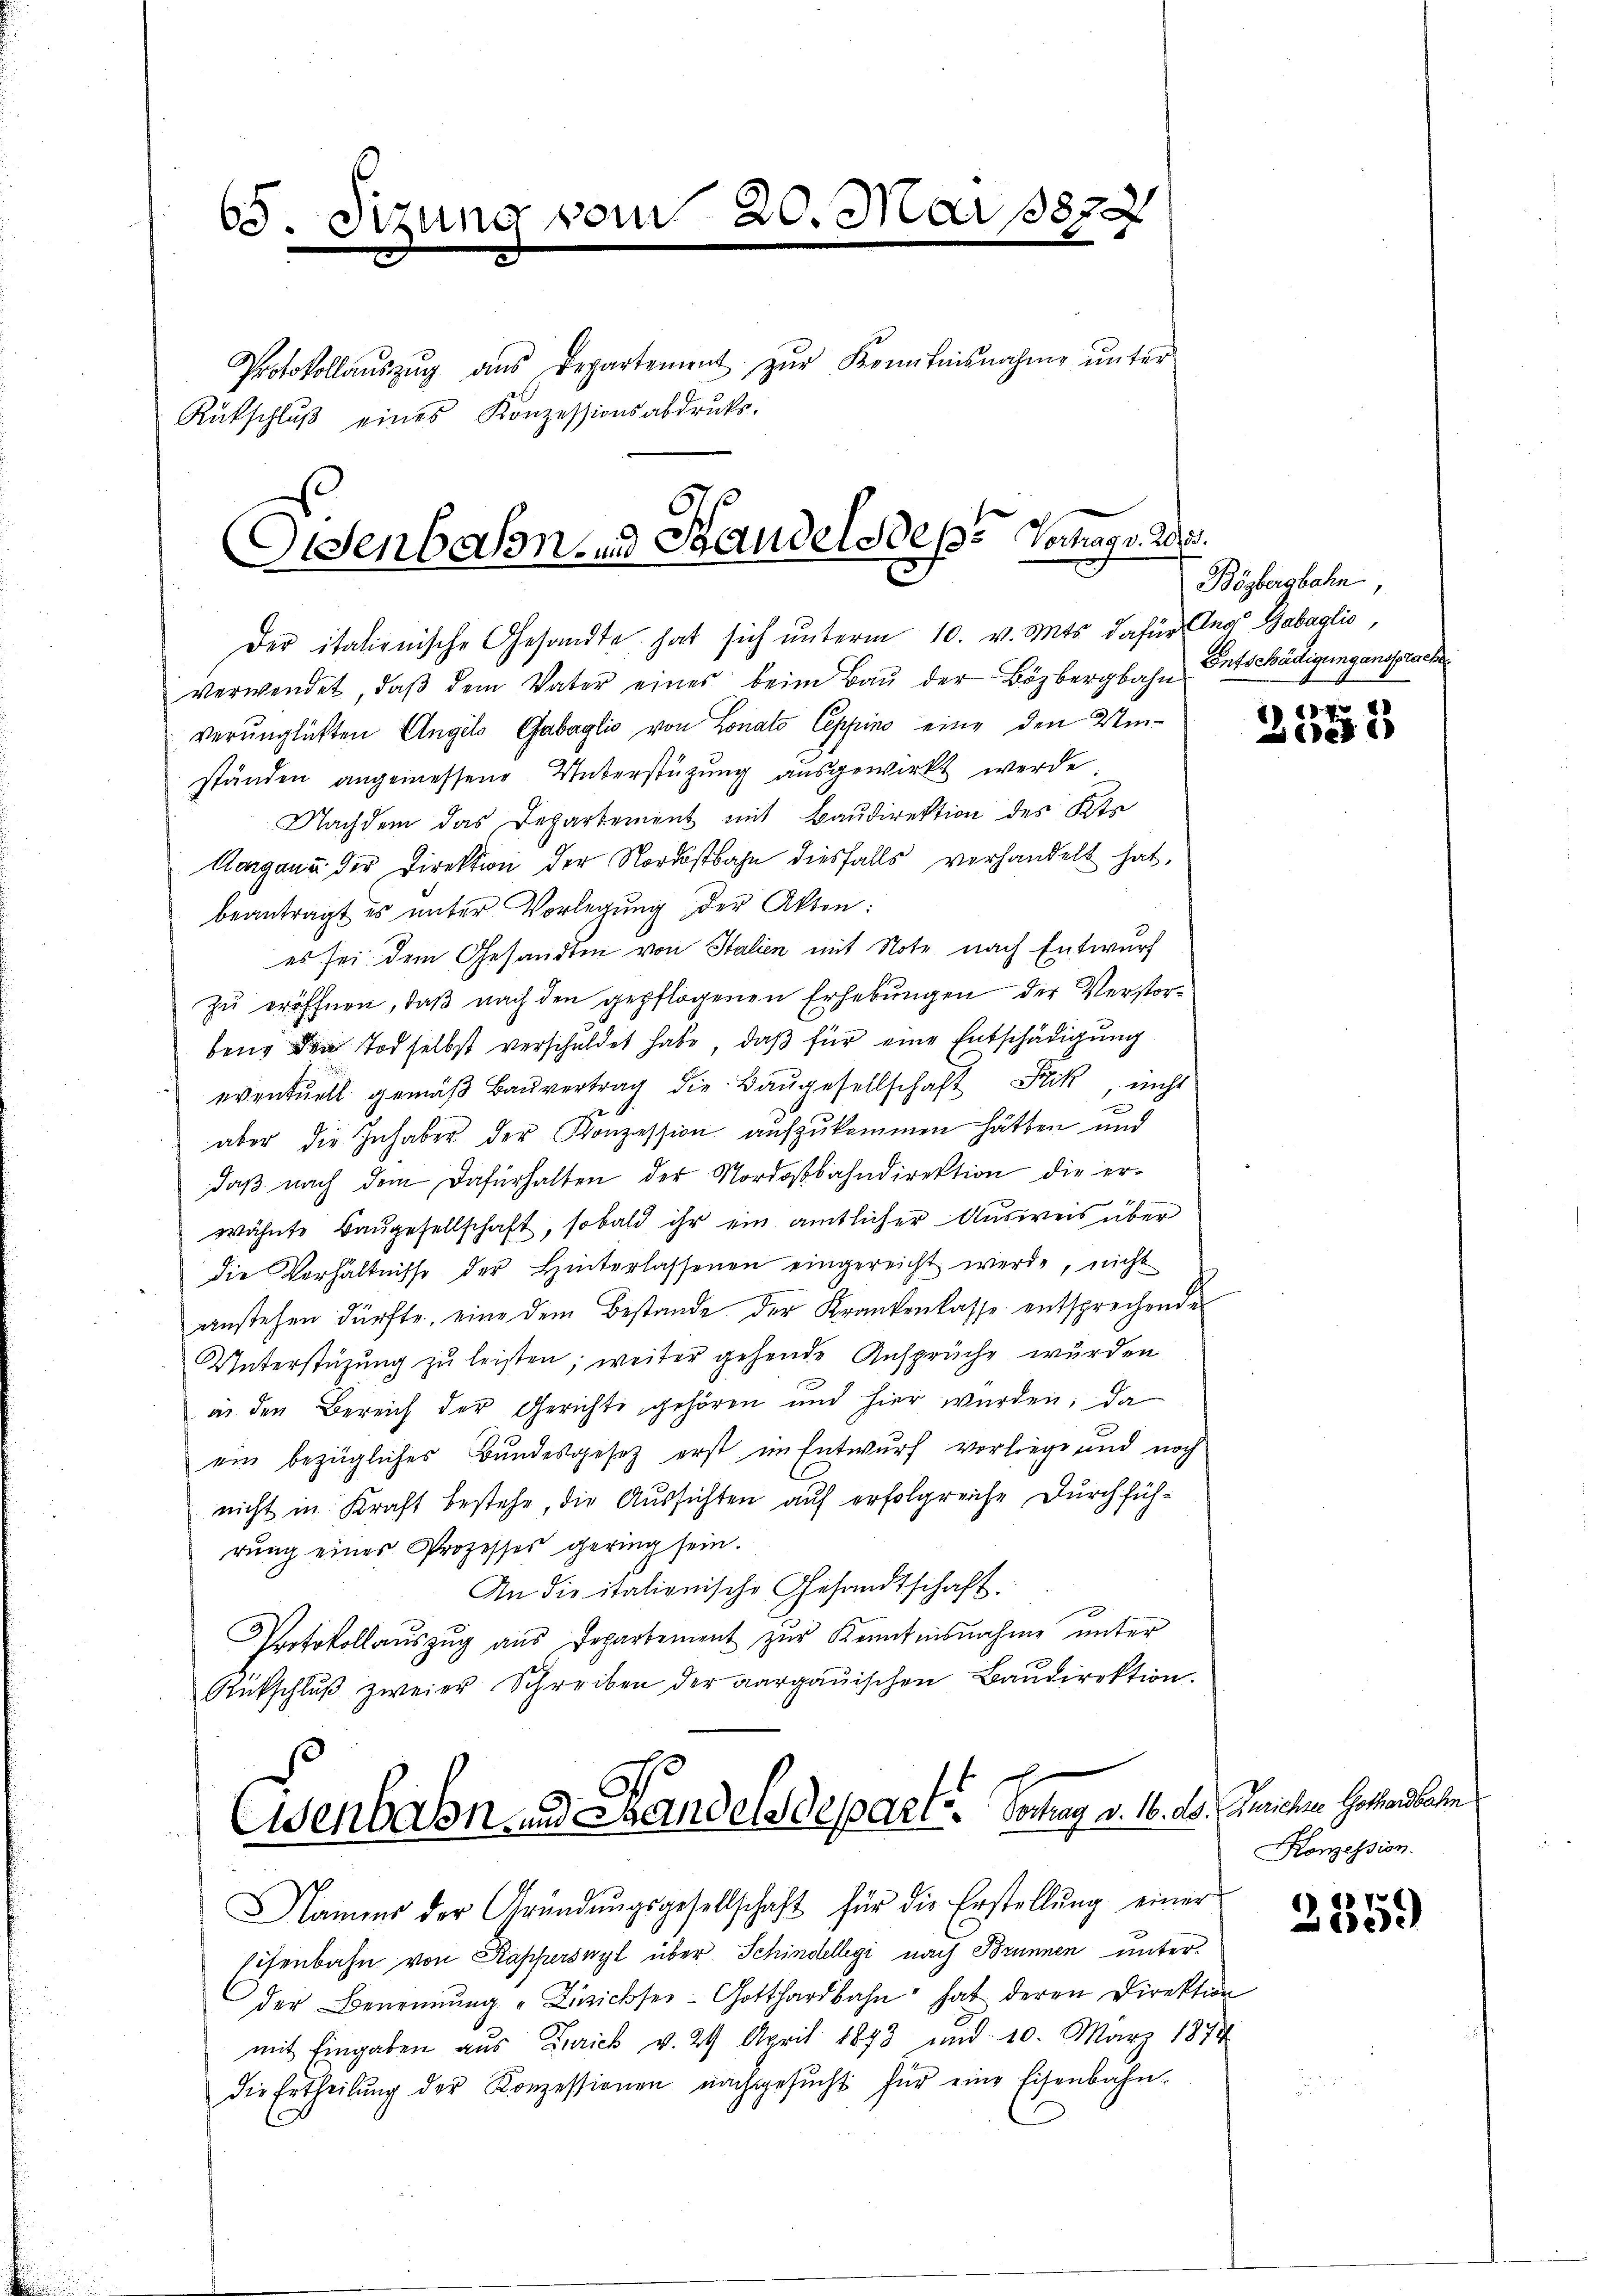
65. Sitzung vom 20. Mai 18877
Protokollaŭszŭg aŭs Departement zŭr Kenntnisnahme ŭnter
ines Konzessionsabdruks
Rückschluß e

Osenbahn und Standels des Vorlage. Wi

Der italienische Gesandte hat sich unterm 10. v. Mts. dafür Ang Gabaglio,
verwendet, daβ dem Vater eines beim Baŭ der Bözbergbahn Entschädigungensprach
verunglückten Angels Gabaglio von Lonato Ceppino eine den Umständen angemessene Unterstützung ausgewirkt werde
Nachdem das Departement mit Baudirektion des Kts
Aargane der Direktion der Nordostbahn diesfalls vorhandelt hat,
beantragt es unter Vorlegung der Akten:
es sei dem Gesandten von Stalien mit Note nach Entwurf
zu eröffnen, daß nach den gepflogenen Erhebungen der Verstorbens den Tod selbst verschuldet habe, daß für eine Entschädigung
eventuell gemäβ Bauvertrag die Baŭgesellschaft Stik nicht
e
aber die Inhaber der Konzession aufzukommen hätten und
daß nach dem Dafürhalten der Nordostbahndirektion die erwähnte Baugesellschaft, sobald ihr ein amtlicher Ausweis über
die Verhältnisse der Hinterlassenen eingereicht werde, nicht
anstehen dürfte, eine dem Bestande der Krankenkasse entsprechender
Unterstüzung zu leisten; weiter gehende Ansprüche wurden
an den Bereich der Gerichte gehören und hier wurden, da
ein bezügliches Bundesgesetz erst im Entwurf vorliege und noch
nicht in Kraft bestehe, die Aussichten auf erfolgreiche Durchführung einer Prozesses gering sein.
An die italienische Gesandtschaft.
Protokollauszug aus Departement zur Kenntnisnahme unter
Rückschlŭβ zweier Schreiben der aargauischen Baŭdirektion.

Eisenbahn und Handelsdeparte. Vortrag v. 16. d.

Bösbergbahn,

Namiers der Grŭndŭngsgesellschaft für die Erstellŭng einer
Eisenbahn von Kapperswyl über Schindellegi nach Brunnen unter-
der Benennung "Dizicksei- Gotthardbahn hat deren Direktion
mit Eingaben aus Zürich v. 29. April 1893 und 10. März 1874
die Ertheilŭng der Konzessionen nachgesŭcht für eine Eisenbahn-

117
15

Zürichte Gothardbahn
Konzession.

2559